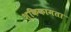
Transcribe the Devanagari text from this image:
शुकिकामता